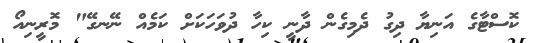
ކޮސްޓާގެ އަނިޔާ ދިގު ދެމިގެން ދާނީ ކިހާ ދުވަހަކަށް ކަމެއް ނޭނގޭ" މޮރީނިއޯ